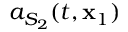
a _ { S _ { 2 } } ( t , { \bf x } _ { 1 } )